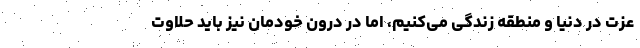
عزت در دنیا و منطقه زندگی می‌کنیم، اما در درون خودمان نیز باید حلاوت